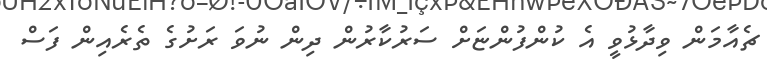
ޗެއާމަން ވިދާޅުވީ އެ ކުންފުންޏަށް ސަރުކާރުން ދިން ނުވަ ރަށުގެ ތެރެއިން ފަސް